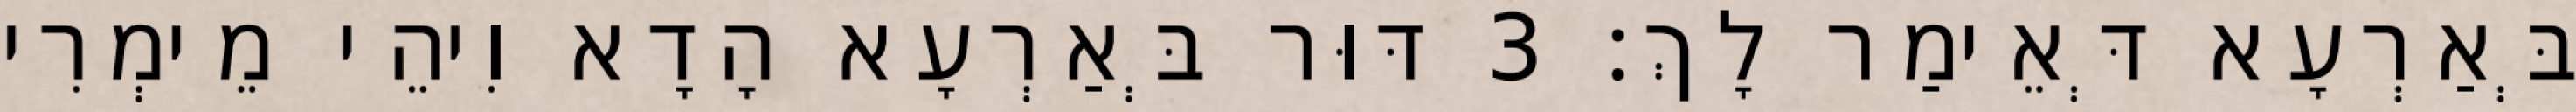
בְּאַרְעָא דְּאֵימַר לָךְ׃ 3 דּוּר בְּאַרְעָא הָדָא וִיהֵי מֵימְרִי